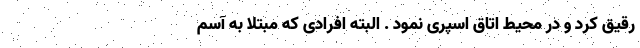
رقیق کرد و در محیط اتاق اسپری نمود . البته افرادی که مبتلا به آسم